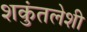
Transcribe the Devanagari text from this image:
शकुंतलेशी